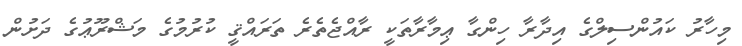
މިހާރު ކައުންސިލްގެ އިދާރާ ހިންގާ ޢިމާރާތަކީ ރާއްޖެތެރެ ތަރައްޤީ ކުރުމުގެ މަޝްރޫޢުގެ ދަށުން